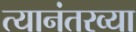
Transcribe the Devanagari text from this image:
त्यानंतरव्या